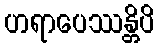
ဟရာပေဿန္တိပိ